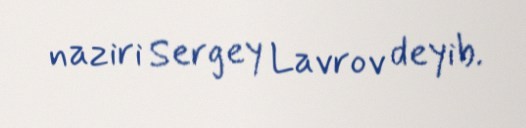
naziri Sergey Lavrov deyib.